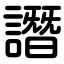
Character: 譖